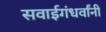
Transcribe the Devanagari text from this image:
सवाईगंधर्वांनी